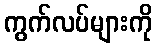
ကွက်လပ်များကို